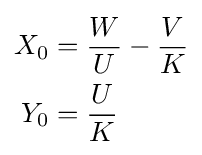
{\begin{aligned}X_{0}&={\frac {W}{U}}-{\frac {V}{K}}\\Y_{0}&={\frac {U}{K}}\end{aligned}}